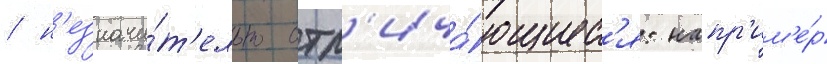
/ н'езначи́т'ельно отл'ича́ющиес'я: напр'им'е́р